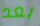
بعد